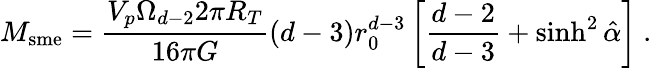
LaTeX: M_{\mathrm{sme}}=\frac{V_{p}\Omega_{d-2}2\pi R_{T}}{16\pi G}(d-3)r_{0}^{d-3}\left[\frac{d-2}{d-3}+\sinh^{2}\hat{\alpha}\right]\ .